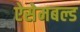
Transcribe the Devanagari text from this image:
ऐसेमबल्ड